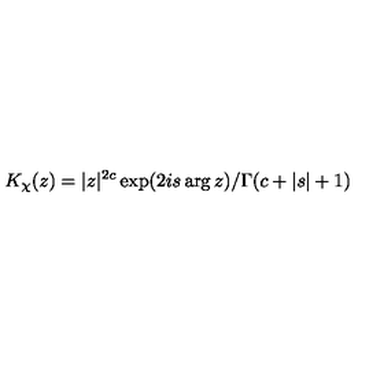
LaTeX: K _ { \chi } ( z ) = | z | ^ { 2 c } \exp ( 2 i s \arg z ) / \Gamma ( c + | s | + 1 )